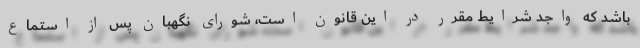
باشد که واجد شرایط مقرر در این قانون است، شورای نگهبان پس از استماع